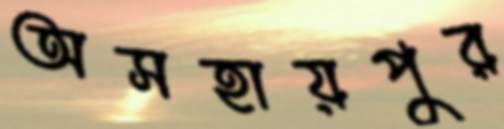
অসহায়পুর